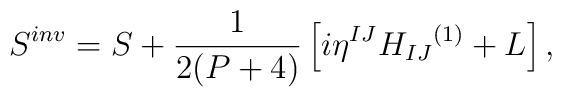
S^{inv} = S + \frac{1}{2(P+4)} \left[ i {\eta}^{IJ} {H_{IJ}}^{(1)} + L \right],